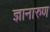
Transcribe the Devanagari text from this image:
ज्ञानारुण